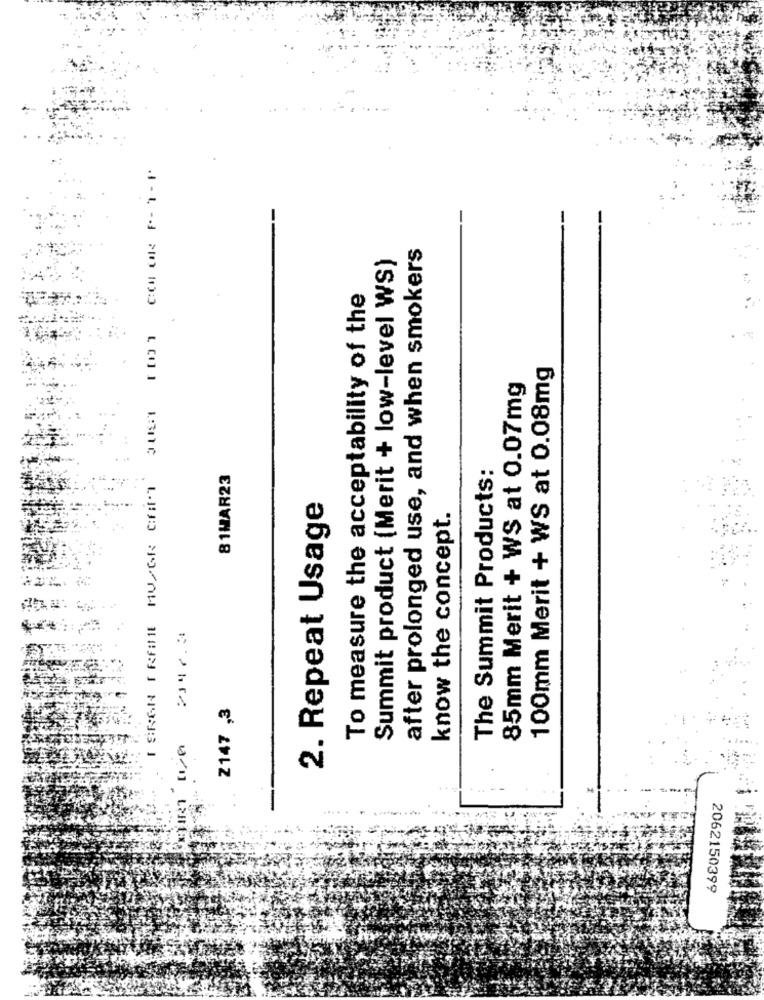
COM OR P- 1- F
after prolonged use, and when smokers
Summit product (Merit + low-level WS)
To measure the acceptability of the
100mm Merit + WS at 0.08mg
85mm Merit + WS at 0.07mg
[ SRAN [ REIHE MUPOR CHET
The Summit Products:
81MAR23
2. Repeat Usage
know the concept.
2347.3
Z147 ,3
2062150399